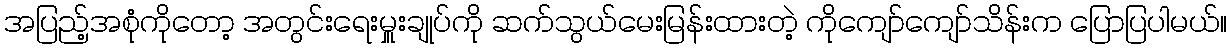
အပြည့်အစုံကိုတော့ အတွင်းရေးမှူးချုပ်ကို ဆက်သွယ်မေးမြန်းထားတဲ့ ကိုကျော်ကျော်သိန်းက ပြောပြပါမယ်။